Leaving Certificate Examination, 1907
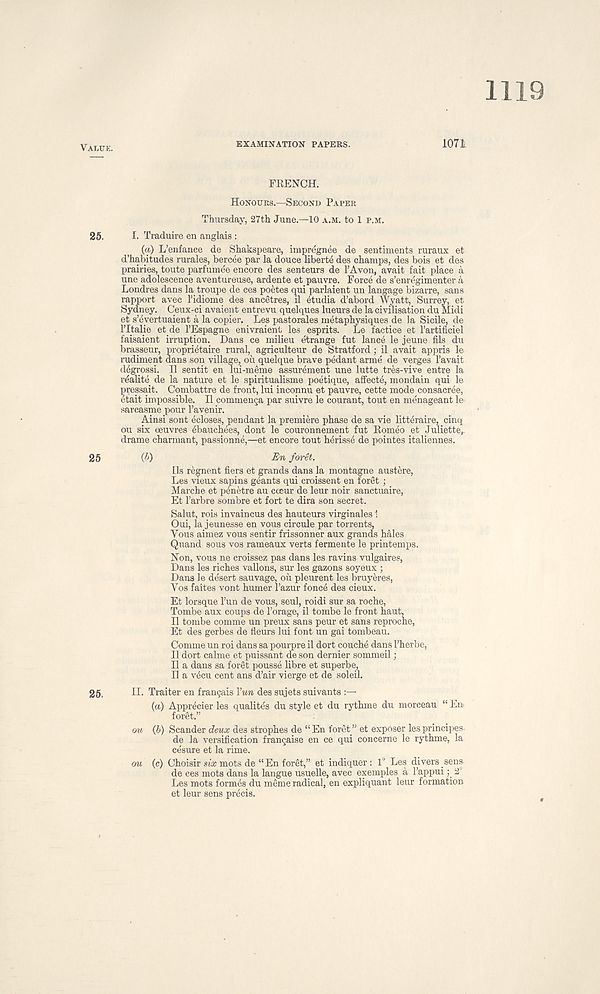
VALUE.
EXAMINATION PAPERS.
1071
FRENCH.
HONOURS.—SECOND PAPER
Thursday, 27th June.—10 A.M. to 1 P.M.
25.
1. Traduire en anglais :
{a) L’enfance de Shakspeare, impregnee de sentiments ruraux et
d’habitudes rurales, bercee par la douce liberte des champs, des bois et des
prairies, toute parfume'e encore des senteurs de I’Avon, avait fait place a
une adolescence aventureuse, ardente et pauvre. Force de s’enregimenter a
Londres dans la troupe de ces poetes qui parlaient un langage bizarre, sans
rapport avec Pidiome des ancetres, il etudia d’abord Wyatt, Surrey, et
Sydney. Ceux-ci avaient entrevu quelques lueurs de la civilisation du Midi
et s’eyertuaient a la copier. Les pastorales metaphysiques de la Sicile, de
ritalie et.de I’Espagne enivraient les esprits. Le factice et I’artificiel
faisaient irruption. Dans ce milieu etrange fut lance le jeune fils du
brasseur, proprietaire rural, agriculteur de Stratford; il avait appris le
rudiment dans son village, ou quelque brave pedant arme de verges 1’avait
degrossi. Il sentit en lui-meme assurement une lutte tres-vive entre la
realite de la nature et le spiritualisme poetique, afifecte, mondain qui le
pressait. Combattre de front, lui inconnu et pauvre, cette mode consacree,
etait impossible. Il commenca par suivre le courant, tout en menageant le-
sarcasme pour I’avenir.
Ainsi sont ^closes, pendant la premiere phase de sa vie litteraire, cinq
ou six oeuvres ebauchees, dont le couronnement fut Romeo et Juliette,,
drame charmant, passionne,—et encore tout herisse de pointes italiennes.
25
(^)
foret.
Ils regnent tiers et grands dans la montagne austere,
Les vieux sapins geants qui croissent en foret ;
Marche et penetre au cceur de leur noir sanctuaire,
Et I’arbre sombre et fort te dira son secret.
Salut, rois invaincus des hauteurs virginales 1
Oui, la jeunesse en vous circule par torrents,
Vous aimez vous sentir frissonner aux grands hales
Quand sous vos rameaux verts fermente le printemps.
Non, vous ne croissez pas dans les ravins vulgaires,
Dans les riches vallons, sur les gazons soyeux ;
Dans le desert sauvage, oil pleurent les bruyeres,
Vos faites vont humer I’azur fonce des cieux.
Et lorsque Tun de vous, seul, roidi sur sa roche,
Tombe aux coups de borage, il tombe le front haut,
Il tombe comme un preux sans peur et sans reproche,
Et des gerbes de fleurs lui font un gai tombeau.
Comme un roi dans sa pourpre il dort couche dans 1’herbe,
Il dort calme et puissant de son dernier sommeil;
Il a dans sa foret pousse libre et superbe,
Il a vecu cent ans d’air vierge et de soleil.
25,
II. Trailer en frangais Yun des sujets suivants :—
{a) Apprecier les qualites du style et du rythme du morceau “ Em
foret.”
ou (b) Scander deux des strophes de “En foret” et exposer lesprincipes
de la versification francaise en ce qui concerne le rythme, la
cesure et la rime.
ou (c) Choisir six mots de “ En foret,” et indiquer : 1° Les divers , sens
de ces mots dans la langue usuelle, avec exemples a 1’appui; 2°
Les mots formes du meme radical, en expliquant leur formation
et leur sens precis.